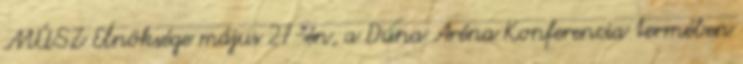
MÚSZ Elnöksége május 27-én, a Duna Aréna Konferencia termében